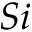
S i